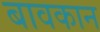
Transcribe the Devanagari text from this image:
बावकान